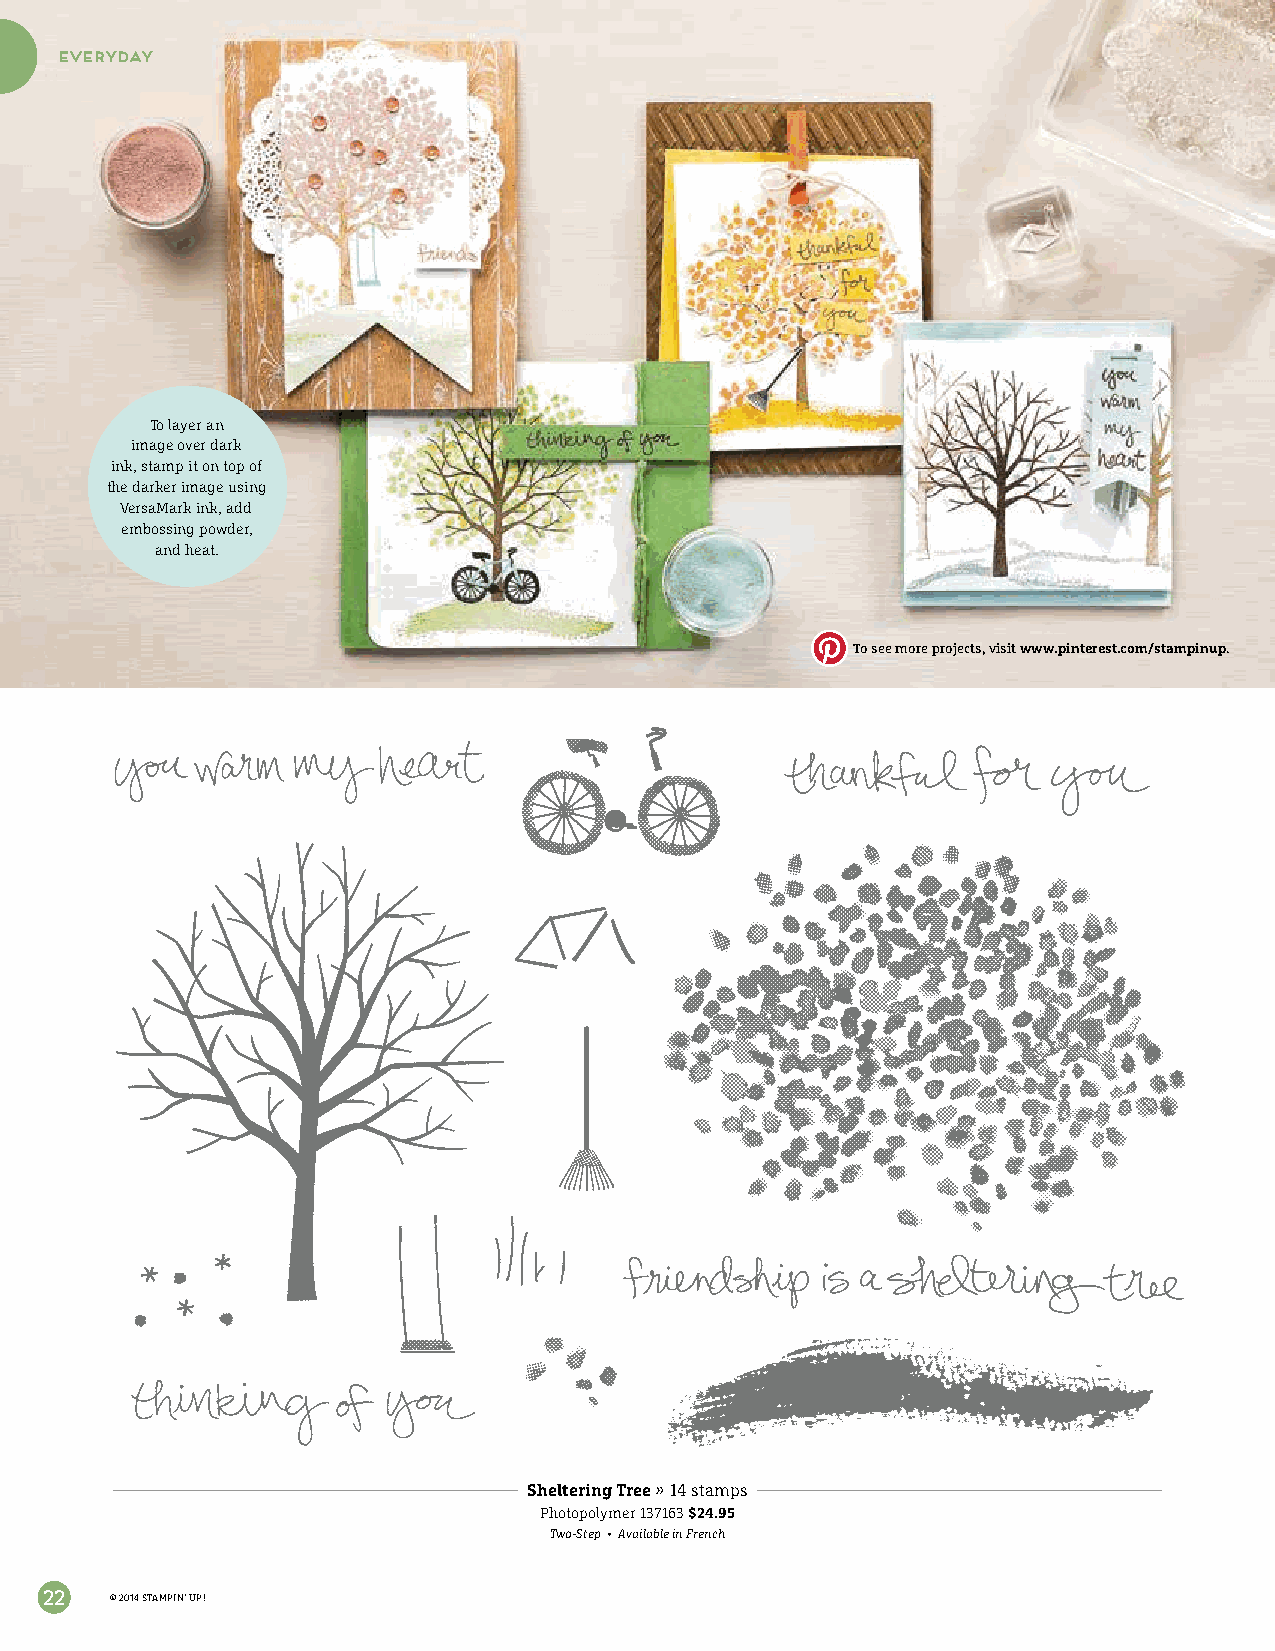
everyday
 To layer an
 image over dark
 ink, stamp it on top of
 the darker image using
 VersaMark ink, add
 embossing powder,
 and heat.
 To see more projects, visit www.pinterest.com/stampinup.
 Sheltering Tree » 14 stamps
 Photopolymer 137163 $24.95
 Two-Step • Available in French
 22  © 2014 STAMPIN’ UP!